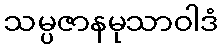
သမ္ပဇာနမုသာဝါဒံ